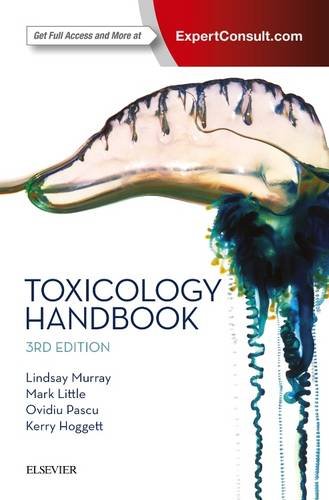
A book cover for Toxicology Handbook, 3e; Lindsay Murray MBBS  FACEM; Medical Books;